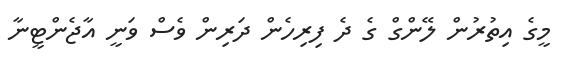
މީގެ އިތުރުން ލޭންގް ގެ ދެ ފިރިހެން ދަރިން ވެސް ވަނީ އާޖެންޓީނާ